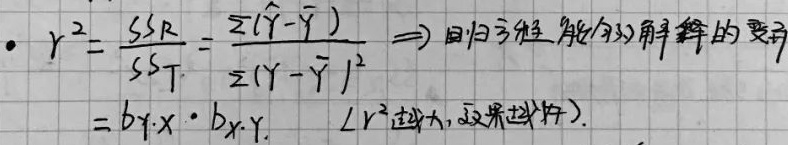
•
\[r^{2}=\frac{SS_R}{SS_T}=\frac{\sum(\hat{Y}-\bar{Y})^2}{\sum(Y - \bar{Y})^2}\Rightarrow \text{回归方程能够解释的变异}=b_{Y\cdot X}\cdot b_{X\cdot Y}\text{ （}r^{2}\text{越大，效果越好）.}\]